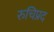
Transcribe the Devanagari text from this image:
रुचिप्रद